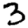
Digit: 3